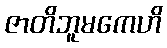
ဇာတိဘူမကေဟိ